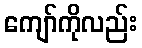
ကျော်ကိုလည်း